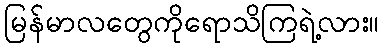
မြန်မာလတွေကိုရောသိကြရဲ့လား။